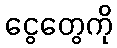
ငွေတွေကို